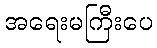
အရေးမကြီးပေ